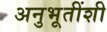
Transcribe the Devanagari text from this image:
अनुभूतींशी